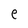
Character: e